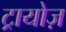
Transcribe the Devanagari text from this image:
ट्रायोज़